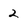
Character: 2